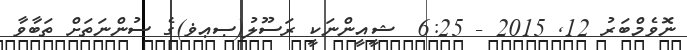
ނޮވެމްބަރު 12